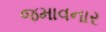
જમાવનાર